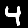
Digit: 4